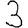
Digit: 3